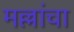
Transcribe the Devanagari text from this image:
मल्लांचा